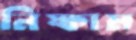
নিষ্কাম